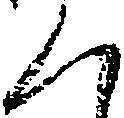
く